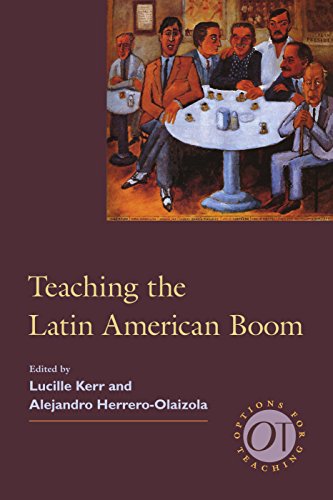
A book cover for Teaching the Latin American Boom (Options for Teaching); Literature & Fiction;